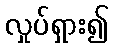
လှုပ်ရှား၍